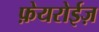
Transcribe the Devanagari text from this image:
फ़ेयरोईज़